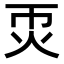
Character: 𤆱